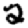
Digit: 2